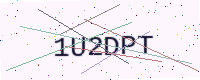
Text: 1U2DPT